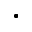
\cdot